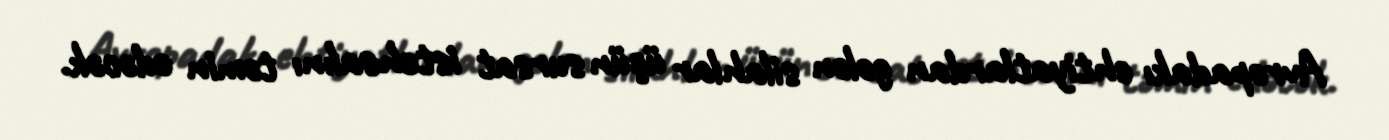
Avropadakı ehtiyatlardan gələn silahlar üçün sursat istehsalını təmin edəcək.